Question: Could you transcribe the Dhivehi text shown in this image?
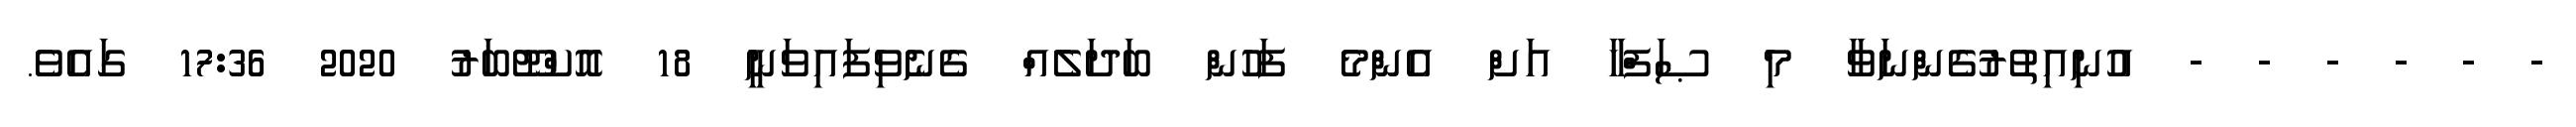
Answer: - - - - - - އުނިއިތުރުގެންނަވާ މި ޞަފްހާ އަށް އެންމެ ފަހުން ބަދަލެއް ގެނެވިފައިވަނީ 18 އޮކްޓޫބަރު 2020 17:36 ގައެވެ.